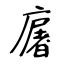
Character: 廜